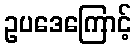
ဥပဒေကြောင့်